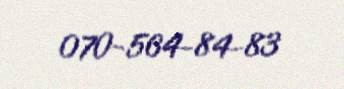
070-564-84-83